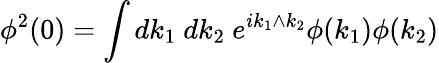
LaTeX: \phi^{2}(0)=\int dk_{1}\ dk_{2}\ e^{ik_{1}\wedge k_{2}}\phi(k_{1})\phi(k_{2})